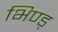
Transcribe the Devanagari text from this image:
भिण्ड्